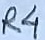
Text: R4